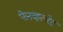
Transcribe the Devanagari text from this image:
फेनव्हलरेट